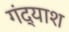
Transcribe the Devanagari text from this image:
गंद्याश